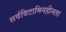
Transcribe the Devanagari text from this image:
सर्वविटामिनहीनता